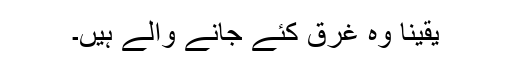
یقیناً وہ غرق کئے جانے والے ہیں۔